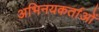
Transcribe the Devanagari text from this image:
अभिनयकर्ताओं